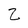
Character: Z